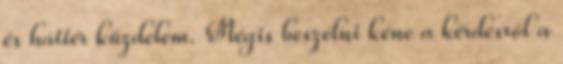
és háttér küzdelem. Mégis beszélni kéne a kérdésről a